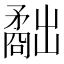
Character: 𥎐